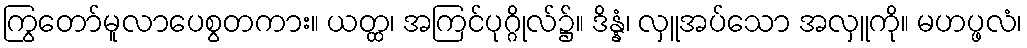
ကြွတော်မူလာပေစွတကား။ ယတ္ထ၊ အကြင်ပုဂ္ဂိုလ်၌။ ဒိန္နံ၊ လှူအပ်သော အလှူကို။ မဟပ္ဖလံ၊